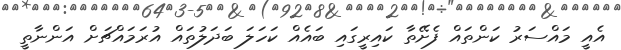
އެއީ މައްސަރު ކަންތައް ފެށޭތާ ކައިރީގައި ބައެއް ކަހަލަ ބަދަލުތައް އުރަމައްޗަށް އަންނާތީ